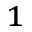
^ { 1 }